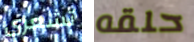
تشعري حلقه